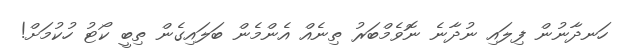
ހަނދާނުން ފިލައި ނުދާނެ ނޮވެމްބަރު ތިނެއް އެންމެން ބަލައިގެން ތިބީ ކޯޓު ހުކުމަށް!